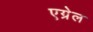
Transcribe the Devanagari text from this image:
एग्रेल